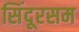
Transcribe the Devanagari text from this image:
सिंदूरसम